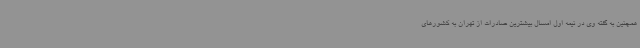
همچنین به گفته وی در نیمه اول امسال بیشترین صادرات از تهران به کشورهای